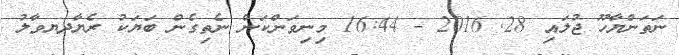
ނަތަންޔާހޫ ޖުލައި 28